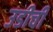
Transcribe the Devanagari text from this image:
उडीची